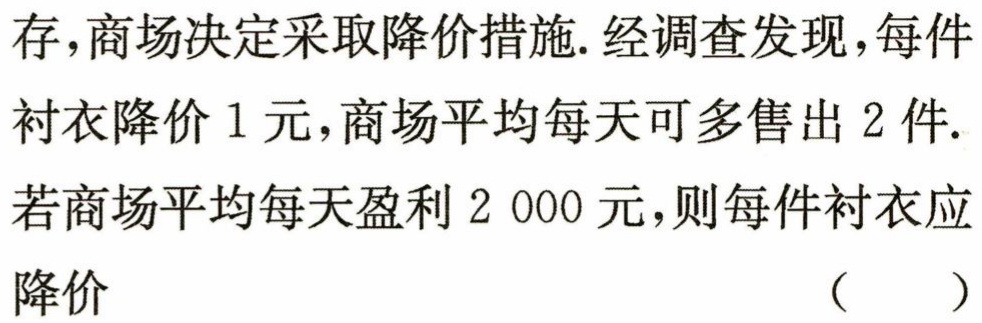
存,商场决定采取降价措施.经调查发现,每件
衬衣降价1元,商场平均每天可多售出2件.
若商场平均每天盈利2 000元,则每件衬衣应
降价 （ ）